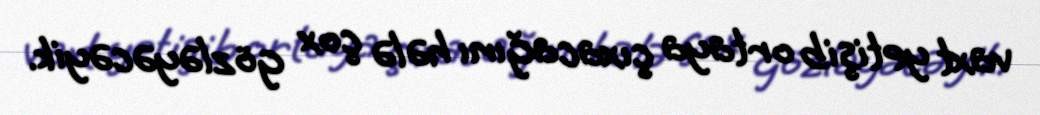
vaxt yetişib ortaya çıxacağını hələ çox gözləyəcəyik.